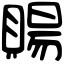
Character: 𧶽